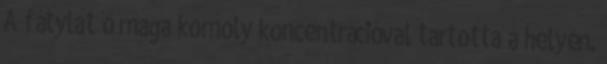
A fátylat ő maga komoly koncentrációval tartotta a helyén.